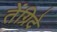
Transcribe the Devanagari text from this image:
तेंग्रिदे